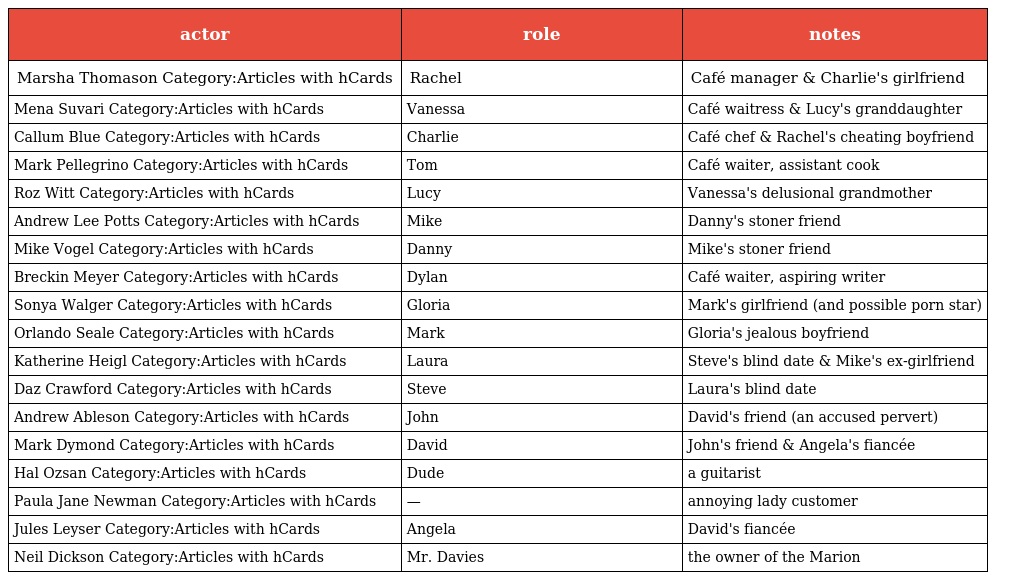
| actor | role | notes |
 | --- | --- | --- |
 | Marsha Thomason Category:Articles with hCards | Rachel | Café manager & Charlie's girlfriend |
 | Mena Suvari Category:Articles with hCards | Vanessa | Café waitress & Lucy's granddaughter |
 | Callum Blue Category:Articles with hCards | Charlie | Café chef & Rachel's cheating boyfriend |
 | Mark Pellegrino Category:Articles with hCards | Tom | Café waiter, assistant cook |
 | Roz Witt Category:Articles with hCards | Lucy | Vanessa's delusional grandmother |
 | Andrew Lee Potts Category:Articles with hCards | Mike | Danny's stoner friend |
 | Mike Vogel Category:Articles with hCards | Danny | Mike's stoner friend |
 | Breckin Meyer Category:Articles with hCards | Dylan | Café waiter, aspiring writer |
 | Sonya Walger Category:Articles with hCards | Gloria | Mark's girlfriend (and possible porn star) |
 | Orlando Seale Category:Articles with hCards | Mark | Gloria's jealous boyfriend |
 | Katherine Heigl Category:Articles with hCards | Laura | Steve's blind date & Mike's ex-girlfriend |
 | Daz Crawford Category:Articles with hCards | Steve | Laura's blind date |
 | Andrew Ableson Category:Articles with hCards | John | David's friend (an accused pervert) |
 | Mark Dymond Category:Articles with hCards | David | John's friend & Angela's fiancée |
 | Hal Ozsan Category:Articles with hCards | Dude | a guitarist |
 | Paula Jane Newman Category:Articles with hCards | — | annoying lady customer |
 | Jules Leyser Category:Articles with hCards | Angela | David's fiancée |
 | Neil Dickson Category:Articles with hCards | Mr. Davies | the owner of the Marion |